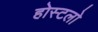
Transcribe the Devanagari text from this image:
होस्टलो